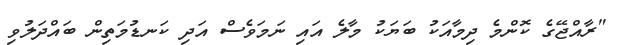
"ރާއްޖޭގެ ކޮންމެ ދިމާއަކު ބަޔަކު މާލެ އައި ނަމަވެސް އަދި ކަނޑުމަތިން ބައްދަލުވި